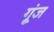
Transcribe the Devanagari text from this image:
गू्ंज